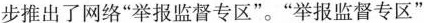
步推出了网络”举报监督专区”。”举报监督专区”